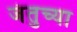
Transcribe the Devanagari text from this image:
जंतुच्या